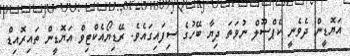
އަޔޮޑީން ދެވެނީ ކެޕްސޫލް ނުވަތަ ދިޔާ ބޭހުގެ ސިފައިގައެވެ. ރޭޑިޔޯއެކްޓިވް އަޔޮޑީން ތައިރޮއިޑް